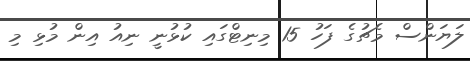
ލަޔަންސް މެޗުގެ ފަހު 15 މިނިޓްގައި ކުުޅުނީ ނިއު އިން މުޅި މި